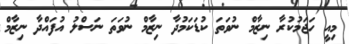
މިއީ ހަޖަމުކުރާ ނިޒާމް ނުވަތަ ކުޑަކަމުދާ ނިޒާމް ނުވަތަ ނަސްލު އުފައްދާ ނިޒާމް